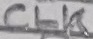
Text: CLK